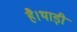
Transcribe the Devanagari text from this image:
है।थाड़ी